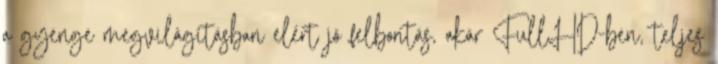
a gyenge megvilágításban elért jó felbontás, akár FullHD-ben, teljes